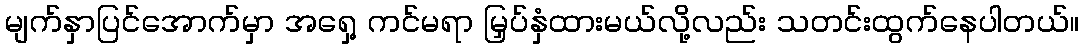
မျက်နှာပြင်အောက်မှာ အရှေ့ ကင်မရာ မြှပ်နှံထားမယ်လို့လည်း သတင်းထွက်နေပါတယ်။